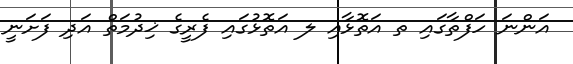
އަންނަ ހަފްތާގައި ތ އަތޮޅާއި ލ އަތޮޅުގައި ފެރީގެ ޚިދުމަތް އަދި ފަށަނީ